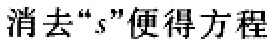
消去“s”便得方程